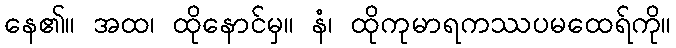
နေ၏။ အထ၊ ထိုနောင်မှ။ နံ၊ ထိုကုမာရကဿပမထေရ်ကို။